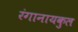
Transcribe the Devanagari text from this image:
रंगानायकुल